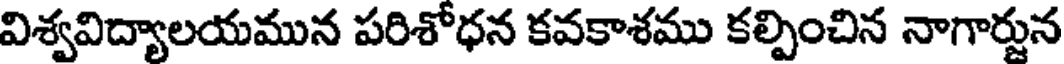
విశ్వవిద్యాలయమున పరిశోధన కవకాశము కల్పించిన నాగార్జున